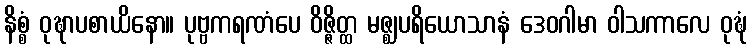
နိစ္စံ ဝုဍ္ဎာပစာယိနော။ ပုဗ္ဗကရဏံပေ ဝိဇ္ဇိတ္ထ မဇ္ဈပရိယောသာနံ ဒေဝဂါမာ ဝါသကာလေ ဝုဍ္ဎံ